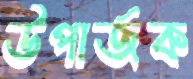
উপার্জক